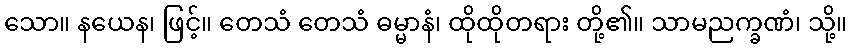
သော။ နယေန၊ ဖြင့်။ တေသံ တေသံ ဓမ္မာနံ၊ ထိုထိုတရား တို့၏။ သာမညက္ခဏံ၊ သို့။